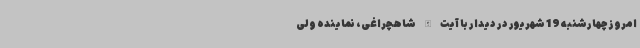
امروزچهارشنبه 19 شهریور در دیدار با آیت الله شاهچراغی، نماینده ولی